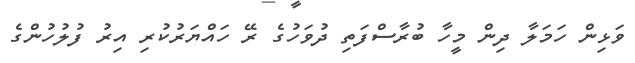
ވަޅިން ހަމަލާ ދިން މީހާ ބުރާސްފަތި ދުވަހުގެ ރޭ ހައްޔަރުކުރި އިރު ފުލުހުންގެ